Report on plague and inoculation in the Punjab from October 1st ... to September 30th..., being the ... season of plague in the province
Disease focus: Plague
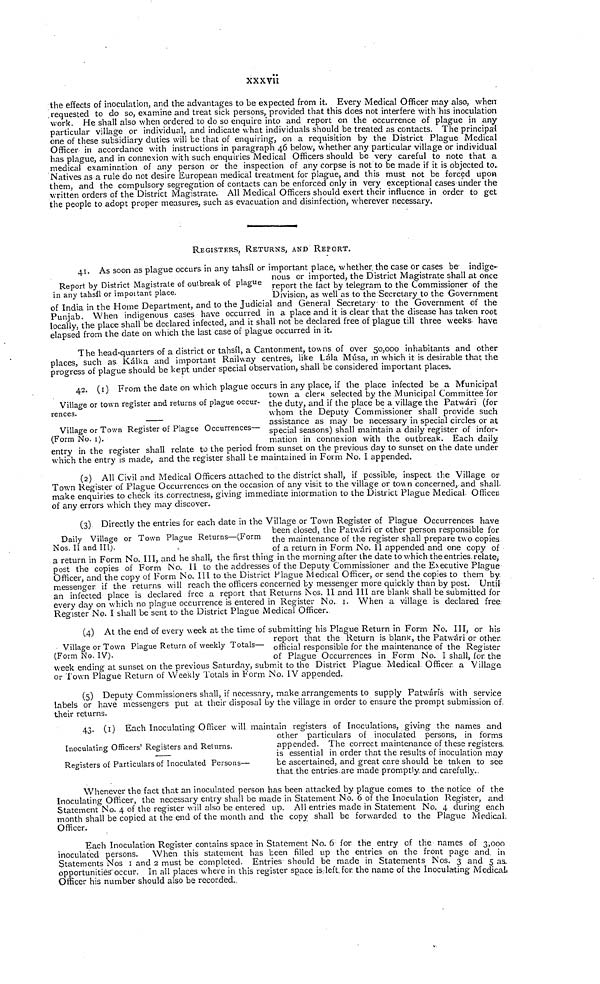
xxxvii
the effects of inoculation, and the advantages to be expected from it. Every Medical Officer may also, when
requested to do so, examine and treat sick persons, provided that this does not interfere with his inoculation
work. He shall also when ordered to do so enquire into and report on the occurrence of plague in any
particular village or individual, and indicate what individuals should be treated as contacts. The principal
one of these subsidiary duties will be that of enquiring, on a requisition by the District Plague Medical
Officer in accordance with instructions in paragraph 46 below, whether any particular village or individual
has plague, and in connexion with such enquiries Medical Officers should be very careful to note that a
medical examination of any person or the inspection of any corpse is not to be made if it is objected to.
Natives as a rule do not desire European medical treatment for plague, and this must not be forced upon
them, and the compulsory segregation of contacts can be enforced only in very exceptional cases under the
written orders of the District Magistrate. All Medical Officers should exert their influence in order to get
the people to adopt proper measures, such as evacuation and disinfection, wherever necessary.
REGISTERS, RETURNS, AND REPORT.
Report by District Magistrate of outbreak of plague
in any tahsil or important place.
41. As soon as plague occurs in any tahsil or important place, whether the case or cases be indige-
nous or imported, the District Magistrate shall at once
report the fact by telegram to the Commissioner of the
Division, as well as to the Secretary to the Government
of India in the Home Department, and to the Judicial and General Secretary to the Government of the
Punjab When indigenous cases have occurred in a place and it is clear that the disease has taken root
locally the place shall be declared infected, and it shall not be declared free of plague till three weeks have
elapsed from the date on which the last case of plague occurred in it.
The head-quarters of a district or tahsil, a Cantonment, towns of over 50,000 inhabitants and other
places such as Kálka and important Railway centres, like Lála Musa, in which it is desirable that the
progress of plague should be kept under special observation, shall be considered important places.
Village or town register and returns of plague occur-
rences.
Village or Town Register of Plague Occurrences—
(Form No. 1).
4.2. (1) From the date on which plague occurs in any place, if the place infected be a Municipal
town a clerk selected by the Municipal Committee for
the duty, and if the place be a village the Patwári (for
whom the Deputy Commissioner shall provide such
assistance as may be necessary in special circles or at
special seasons) shall maintain a daily register of infor-
mation in connexion with the outbreak. Each daily
entry in the register shall relate to the period from sunset on the previous day to sunset on the date under
which the entry is made, and the register shall be maintained in Form No. I appended.
(2) All Civil and Medical Officers attached to the district shall, if possible, inspect the Village or
Town Register of Plague Occurrences on the occasion of any visit to the village or town concerned, and shall
make enquiries to check its correctness, giving immediate information to the District Plague Medical Officer
of any errors which they may discover.
Daily Village or Town Plague Returns—(Form
Nos. II and III).
(3) Directly the entries for each date in the Village or Town Register of Plague Occurrences have
been closed, the Patwári or other person responsible for
the maintenance of the register shall prepare two copies
of a return in Form No. II appended and one copy of
a return in Form No. III, and he shall, the first thing in the morning after the date to which the entries relate,
post the copies of Form No. II to the addresses of the Deputy Commissioner and the Executive Plague
Officer and the copy of Form No. III to the District Plague Medical Officer, or send the copies to them by
messenger if the returns will reach the officers concerned by messenger more quickly than by post. Until
an infected place is declared free a report that Returns Nos. II and III are blank shall be submitted for
every day on which no plague occurrence is entered in Register No. 1. When a village is declared free
Register No. I shall be sent to the District Plague Medical Officer.
Village or Town Plague Return of weekly Totals—
(Form No. IV).
(4) At the end of every week at the time of submitting his Plague Return in Form No. III, or his
report that the Return is blank, the Patwári or other,
official responsible for the maintenance of the Register
of Plague Occurrences in Form No. I shall, for the
week ending at sunset on the previous Saturday, submit to the District Plague Medical Officer, a Village
or Town Plague Return of Weekly Totals in Form No. IV appended.
(5) Deputy Commissioners shall, if necessary, make arrangements to supply Patwárís with service
labels or have messengers put at their disposal by the village in order to ensure the prompt submission of
their returns.
Inoculating Officers' Registers and Returns.
Registers of Particulars of Inoculated Persons—
43. (1) Each Inoculating Officer will maintain registers of Inoculations, giving the names and
other particulars of inoculated persons, in forms
appended. The correct maintenance of these registers,
is essential in order that the results of inoculation may
be ascertained, and great care should be taken to see
that the entries are made promptly and carefully..
Whenever the fact that an inoculated person has been attacked by plague comes to the notice of the
Inoculating Officer, the necessary entry shall be made in Statement No. 6 of the Inoculation Register, and
Statement No. 4 of the register will also be entered up. All entries made in Statement No. 4 during each
month shall be copied at the end of the month and the copy shall be forwarded to the Plague Medical.
Officer.
Each Inoculation Register contains space in Statement No. 6 for the entry of the names of 3,000
inoculated persons.
When this statement has been filled up the entries on the front page and in
Statements Nos 1 and 2 must be completed. Entries should be made in Statements Nos. 3 and 5 as.
opportunities-occur. In all places where in this register space is. left. for. the name of the Inoculating Medical.
Officer his number should also be recorded;